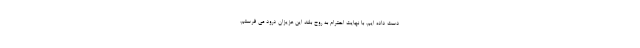
دست داده ایم. با نهایت احترام به روح بلند این عزیزان درود می فرستم.